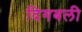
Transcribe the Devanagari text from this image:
दिगबली